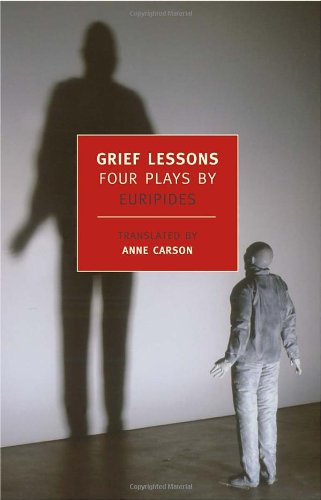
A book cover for Grief Lessons: Four Plays by Euripides (New York Review Books Classics); Euripides; Literature & Fiction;